Vaccination United Provinces of Agra and Oudh 1923-1928 - 1923-1928
Year: 1923
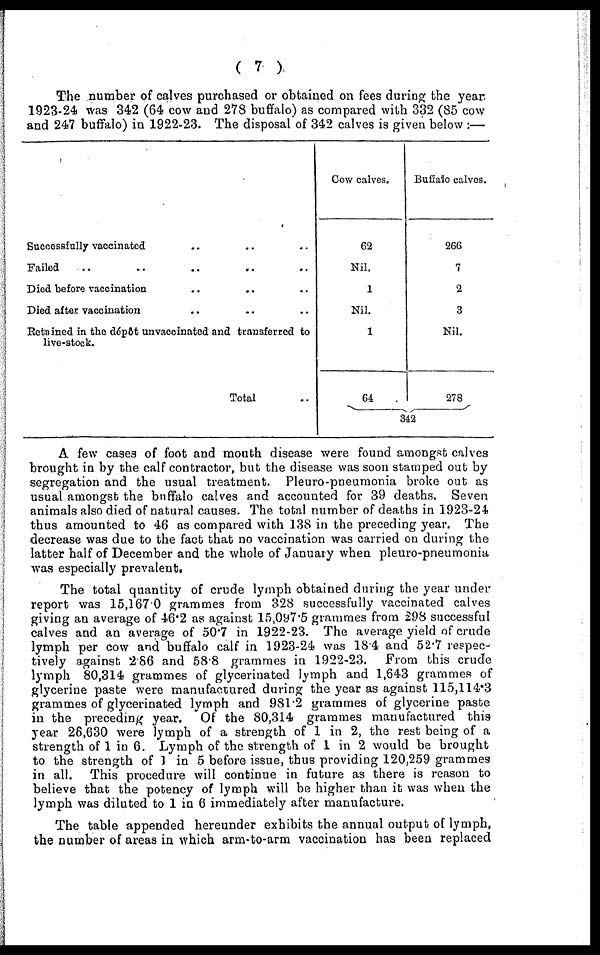
( 7 )
The number of calves purchased or obtained on fees during the year
1923-24 was 342 (64 cow and 278 buffalo) as compared with 332 (85 cow
and 247 buffalo) in 1922-23. The disposal of 342 calves is given below :—
Successfully vaccinated .. .. .. ..
Failed .. .. .. .. .. ..
Died before vaccination .. .. .. ..
Died after vaccination .. .. .. ..
Retained in the dépôt unvaccinated and transferred to
live-stock.
Total ..
Cow calves.
62
Nil.
1
Nil.
1
64
Buffalo calves.
266
7
2
3
Nil.
278
342
A few cases of foot and mouth disease were found amongst calves
brought in by the calf contractor, but the disease was soon stamped out by
segregation and the usual treatment. Pleuro-pneumonia broke out as
usual amongst the buffalo calves and accounted for 39 deaths. Seven
animals also died of natural causes. The total number of deaths in 1923-24
thus amounted to 46 as compared with 138 in the preceding year. The
decrease was due to the fact that no vaccination was carried on during the
latter half of December and the whole of January when pleuro-pneumonia
was especially prevalent.
The total quantity of crude lymph obtained during the year under
report was 15,167.0 grammes from 328 successfully vaccinated calves
giving an average of 46.2 as against 15,097.5 grammes from 298 successful
calves and an average of 50.7 in 1922-23. The average yield of crude
lymph per cow and buffalo calf in 1923-24 was 18.4 and 52.7 respec-
tively against 2.86 and 58.8 grammes in 1922-23. From this crude
lymph 80,314 grammes of glycerinated lymph and 1,643 grammes of
glycerine paste were manufactured during the year as against 115,114.3
grammes of glycerinated lymph and 981.2 grammes of glycerine paste
in the preceding year. Of the 80,314 grammes manufactured this
year 26,630 were lymph of a strength of 1 in 2, the rest being of a
strength of 1 in 6. Lymph of the strength of 1 in 2 would be brought
to the strength of 1 in 5 before issue, thus providing 120,259 grammes
in all. This procedure will continue in future as there is reason to
believe that the potency of lymph will be higher than it was when the
lymph was diluted to 1 in 6 immediately after manufacture.
The table appended hereunder exhibits the annual output of lymph,
the number of areas in which arm-to-arm vaccination has been replaced